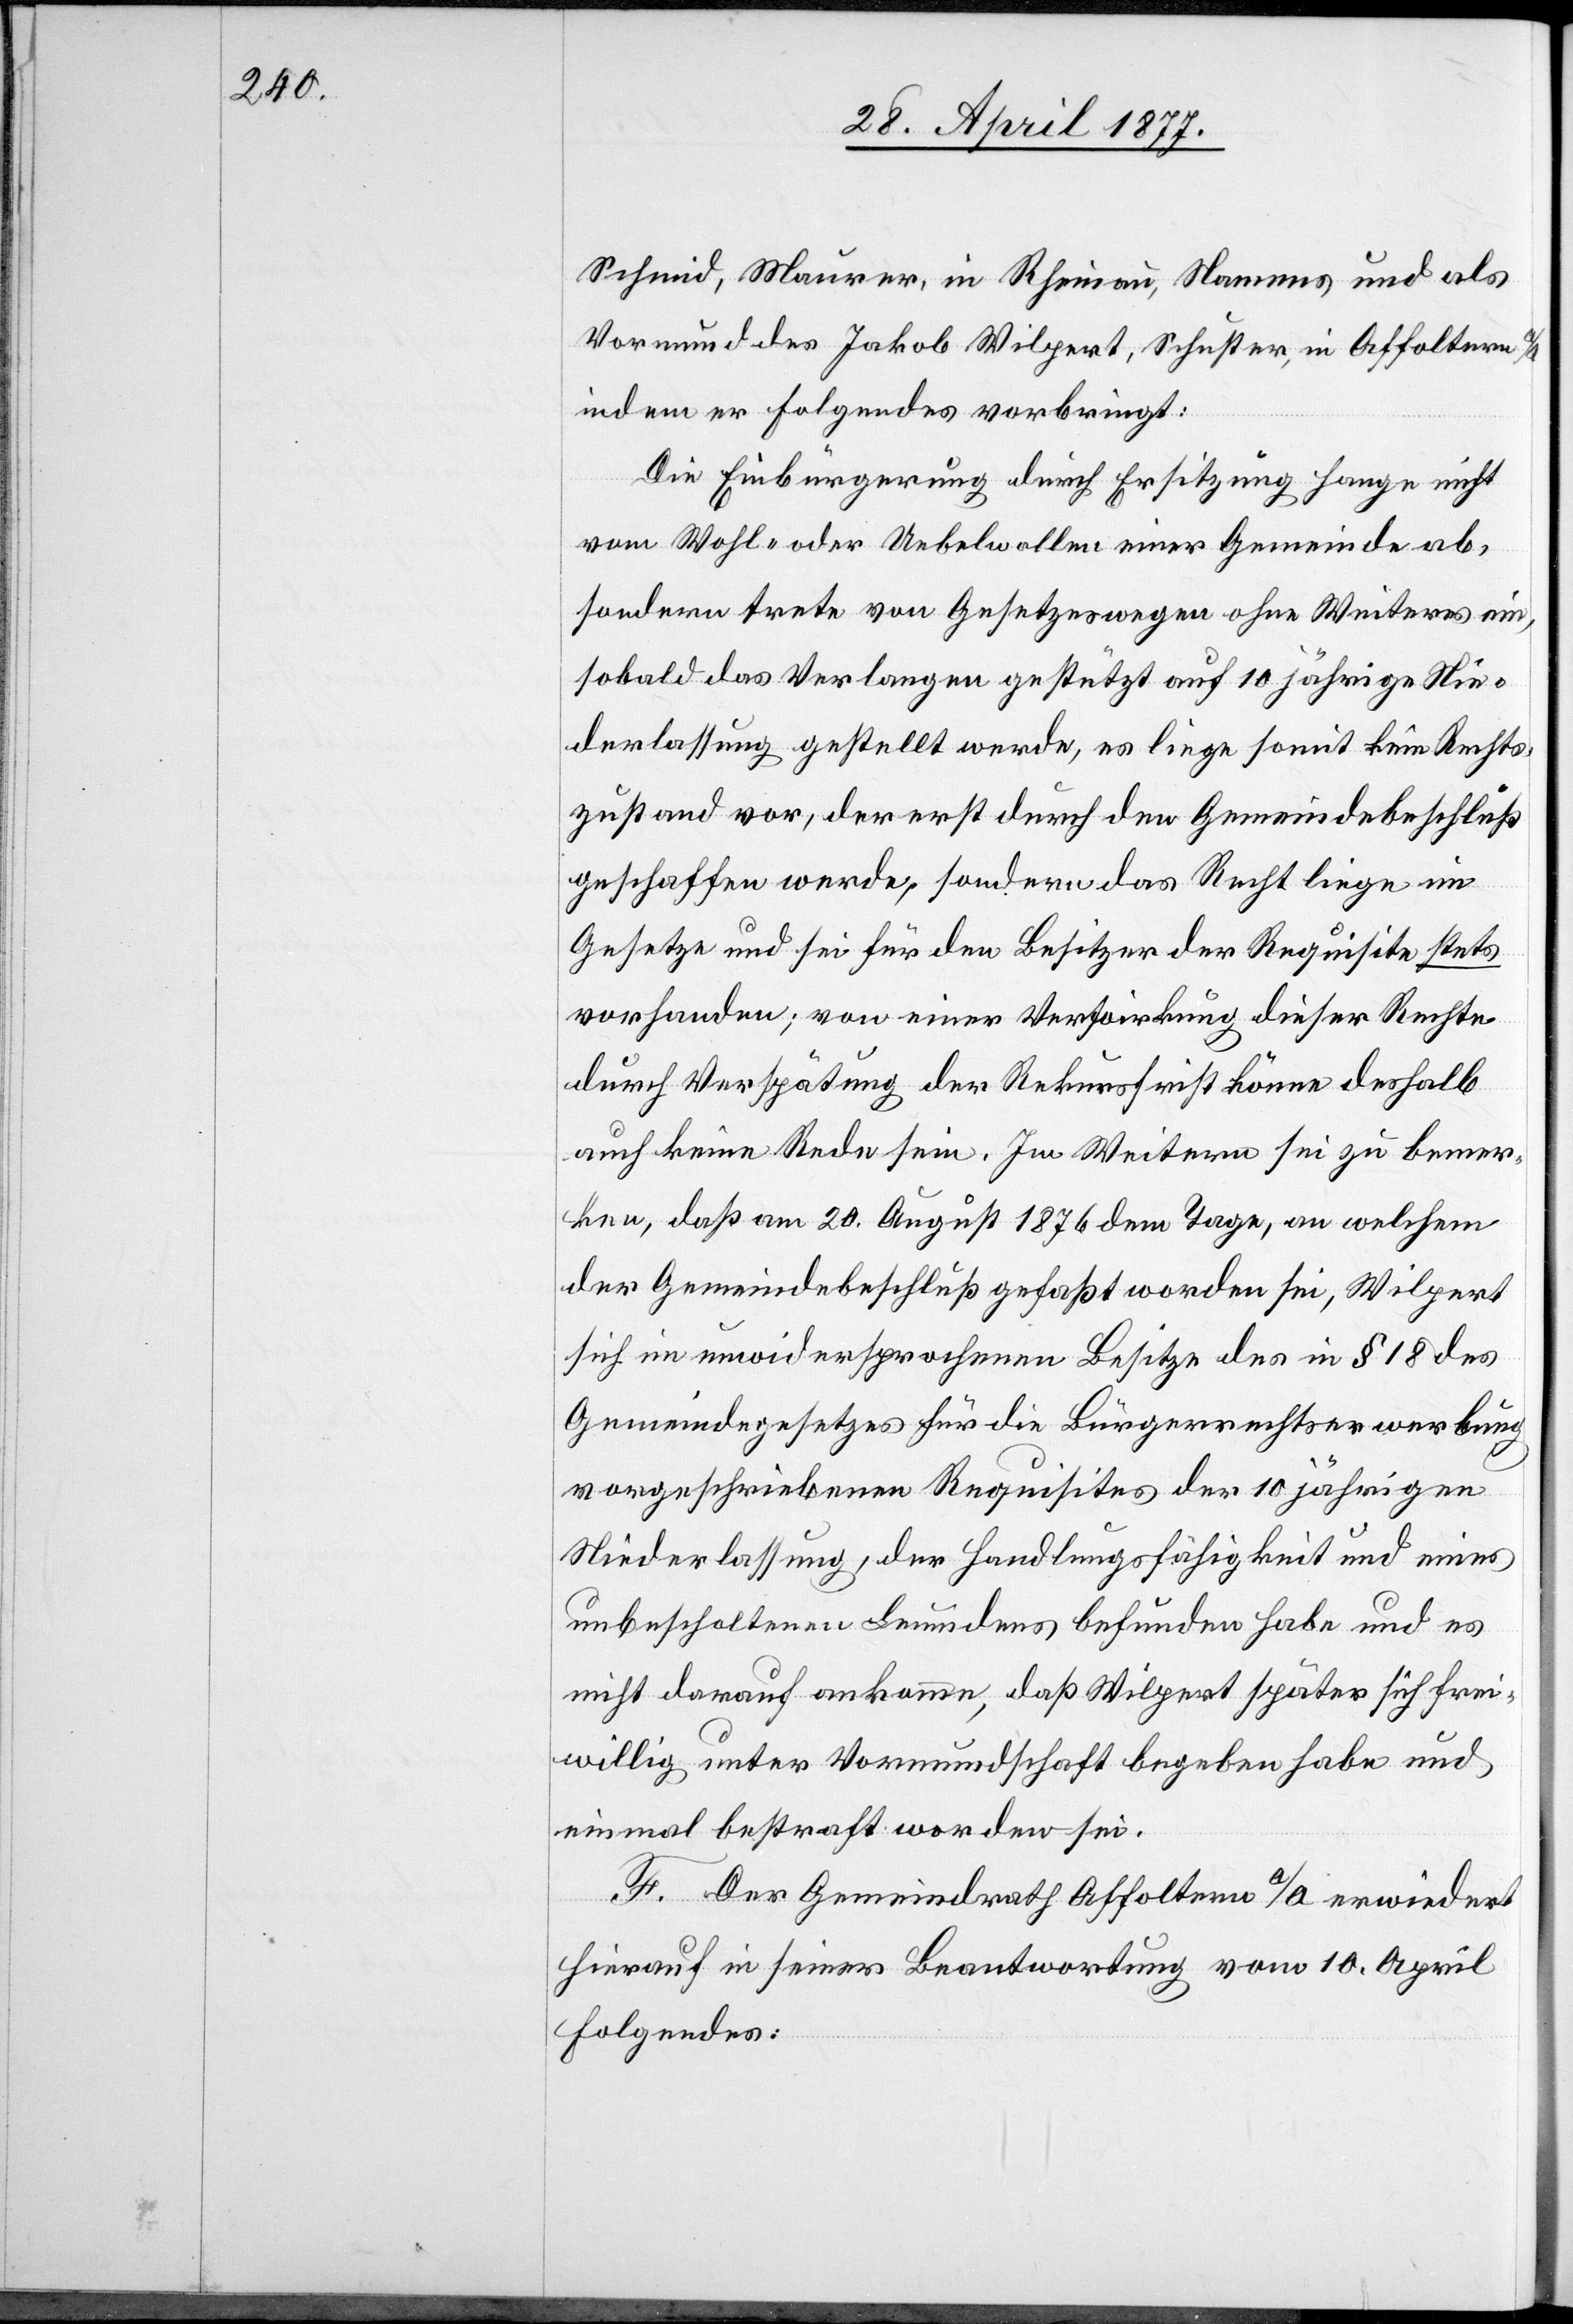
Schmid, Maurer, in Rheinau, Namens und als
Vormund des Jakob Wilpert, Schuster, in Affoltern a/A.
indem er Folgendes vorbringt:
Die Einbürgerung durch Ersitzung hange nicht
vom Wohl- oder Uebelwollen einer Gemeinde ab,
sondern trete von Gesetzeswegen ohne Weiteres ein,
sobald das Verlangen gestützt auf 10 jährige Nie¬
derlassung gestellt werde, es liege somit kein Rechts¬
zustand vor, der erst durch den Gemeindebeschluß
geschaffen werde, sondern das Recht liege im
Gesetze und sei für den Besitzer der Requisite stets
vorhanden; von einer Verwirkung dieser Rechte
durch Verspätung der Rekursfrist könne deshalb
auch keine Rede sein. Im Weitern sei zu bemer¬
ken, daß am 20. August 1876[,] dem Tage, an welchem
der Gemeindebeschluß gefaßt worden sei, Wilpert
sich im unwidersprochenen Besitze des in § 18 des
Gemeindegesetzes für die Bürgerrechtserwerbung
vorgeschriebenen Requisites der 10 jährigen
Niederlassung, der Handlungsfähigkeit und eines
unbescholtenen Leumdens befunden habe und es
nicht darauf ankomme, daß Wilpert später sich frei¬
willig unter Vormundschaft begeben habe und
einmal bestraft worden sei.
F. Der Gemeindrath Affoltern a/A. erwiedert
hierauf in seiner Beantwortung vom 10. April
Folgendes: